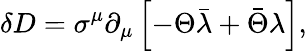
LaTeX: \delta D=\sigma^{\mu}\partial_{\mu}\left[-\Theta\bar{\lambda}+\bar{\Theta}\lambda\right],